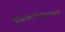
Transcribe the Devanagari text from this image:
शूद्रश्चाण्डालतां